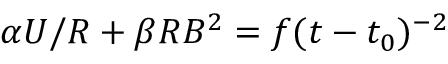
\alpha U / R + \beta R B ^ { 2 } = f ( t - t _ { 0 } ) ^ { - 2 }